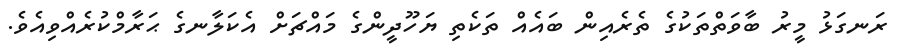
ރަނގަޅު މީރު ބާވަތްތަކުގެ ތެރެއިން ބައެއް ތަކެތި ޔަހޫދީންގެ މައްޗަށް އެކަލާނގެ ޙަރާމްކުރެއްވިއެވެ.